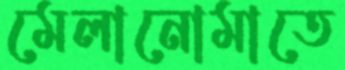
মেলানোমাতে